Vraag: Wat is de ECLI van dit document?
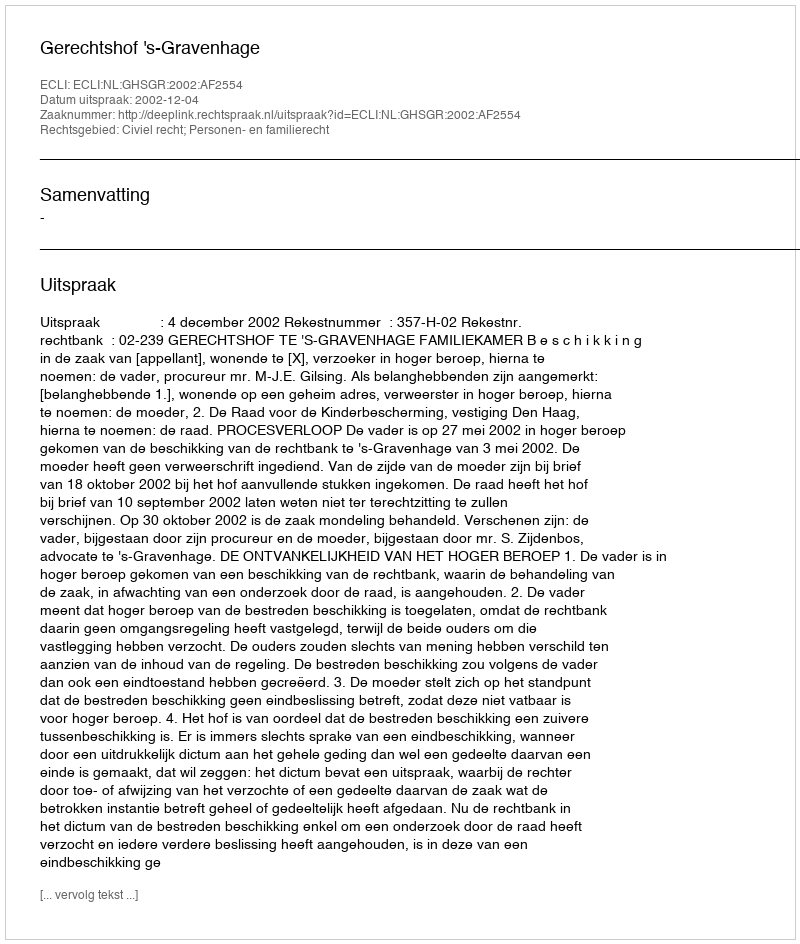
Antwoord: ECLI:NL:GHSGR:2002:AF2554